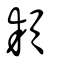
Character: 頛